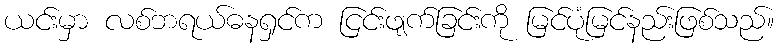
ယင်းမှာ လစ်ဘရယ်ဓနရှင်က ငြင်းဖျက်ခြင်းကို မြင်ပုံမြင်နည်းဖြစ်သည်။